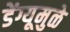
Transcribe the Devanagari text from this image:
डेंग्यूमुळे